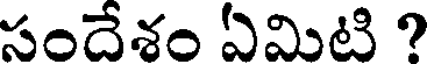
సందేశం ఏమిటి ?